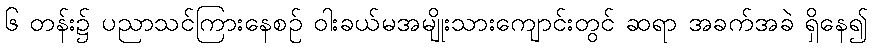
၆ တန်း၌ ပညာသင်ကြားနေစဉ် ဝါးခယ်မအမျိုးသားကျောင်းတွင် ဆရာ အခက်အခဲ ရှိနေ၍